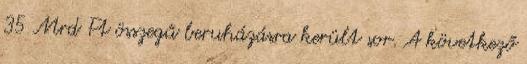
35 Mrd Ft összegű beruházásra került sor. A következő